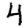
Digit: 4